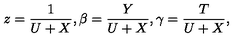
z = \frac { 1 } { U + X } , \beta = \frac { Y } { U + X } , \gamma = \frac { T } { U + X } ,